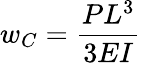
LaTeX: w_{C}={\frac{PL^{3}}{3EI}}